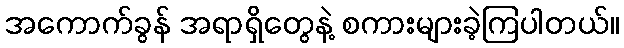
အကောက်ခွန် အရာရှိတွေနဲ့ စကားများခဲ့ကြပါတယ်။